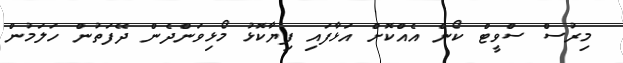
މިރުސް ސްވީޓް ކޯން އެއްކޮށް އަޅާފައި ފިޔާކޮޅު މޯޅިވަންދެން ދޭފަތުން ހަލަމުން